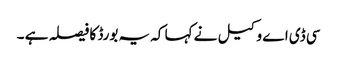
سی ڈی اے وکیل نے کہا کہ یہ بورڈ کا فیصلہ ہے ۔